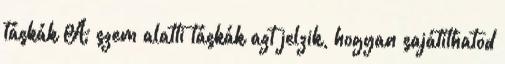
táskák A szem alatti táskák azt jelzik, hogyan sajátíthatod